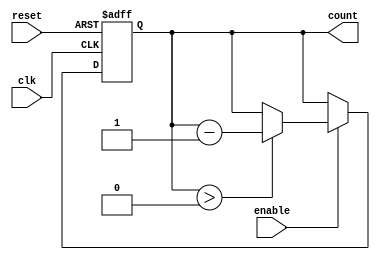
module down_counter (
    input wire clk,         // Clock signal
    input wire reset,       // Asynchronous reset signal
    input wire enable,      // Enable signal
    output reg [N-1:0] count // Current count value
);
    parameter N = 4; // Define the width of the counter (N bits)
    parameter MAX_COUNT = (1 << N) - 1; // Maximum value for N bits (2^N - 1)

    // Asynchronous reset and counting behavior
    always @(posedge clk or posedge reset) begin
        if (reset) begin
            count <= MAX_COUNT; // Reset to maximum value
        end else if (enable) begin
            if (count > 0) begin
                count <= count - 1; // Decrement the count
            end
            // If count reaches 0, it stops counting
        end
    end
endmodule